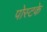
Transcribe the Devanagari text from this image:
पोस्टके